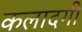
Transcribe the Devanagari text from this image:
कलादगी